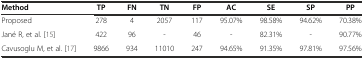
<table><thead><tr><td><b>Method</b></td><td><b>TP</b></td><td><b>FN</b></td><td><b>TN</b></td><td><b>FP</b></td><td><b>AC</b></td><td><b>SE</b></td><td><b>SP</b></td><td><b>PP</b></td></tr></thead><tbody><tr><td>Proposed</td><td>278</td><td>4</td><td>2057</td><td>117</td><td>95.07%</td><td>98.58%</td><td>94.62%</td><td>70.38%</td></tr><tr><td>Jané R, et al. [15]</td><td>422</td><td>96</td><td>-</td><td>46</td><td>-</td><td>82.31%</td><td>-</td><td>90.77%</td></tr><tr><td>Cavusoglu M, et al. [17]</td><td>9866</td><td>934</td><td>11010</td><td>247</td><td>94.65%</td><td>91.35%</td><td>97.81%</td><td>97.56%</td></tr></tbody></table>